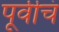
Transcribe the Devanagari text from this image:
पूर्वीचं